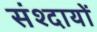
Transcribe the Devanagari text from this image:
संश्दायों